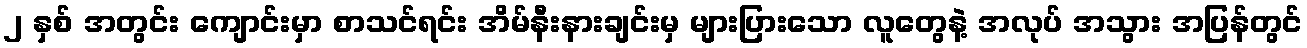
၂ နှစ် အတွင်း ကျောင်းမှာ စာသင်ရင်း အိမ်နီးနားချင်းမှ များပြားသော လူတွေနဲ့ အလုပ် အသွား အပြန်တွင်